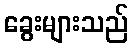
ခွေးများသည်